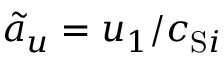
\widetilde { a } _ { u } = u _ { 1 } / c _ { \mathrm { S } i }